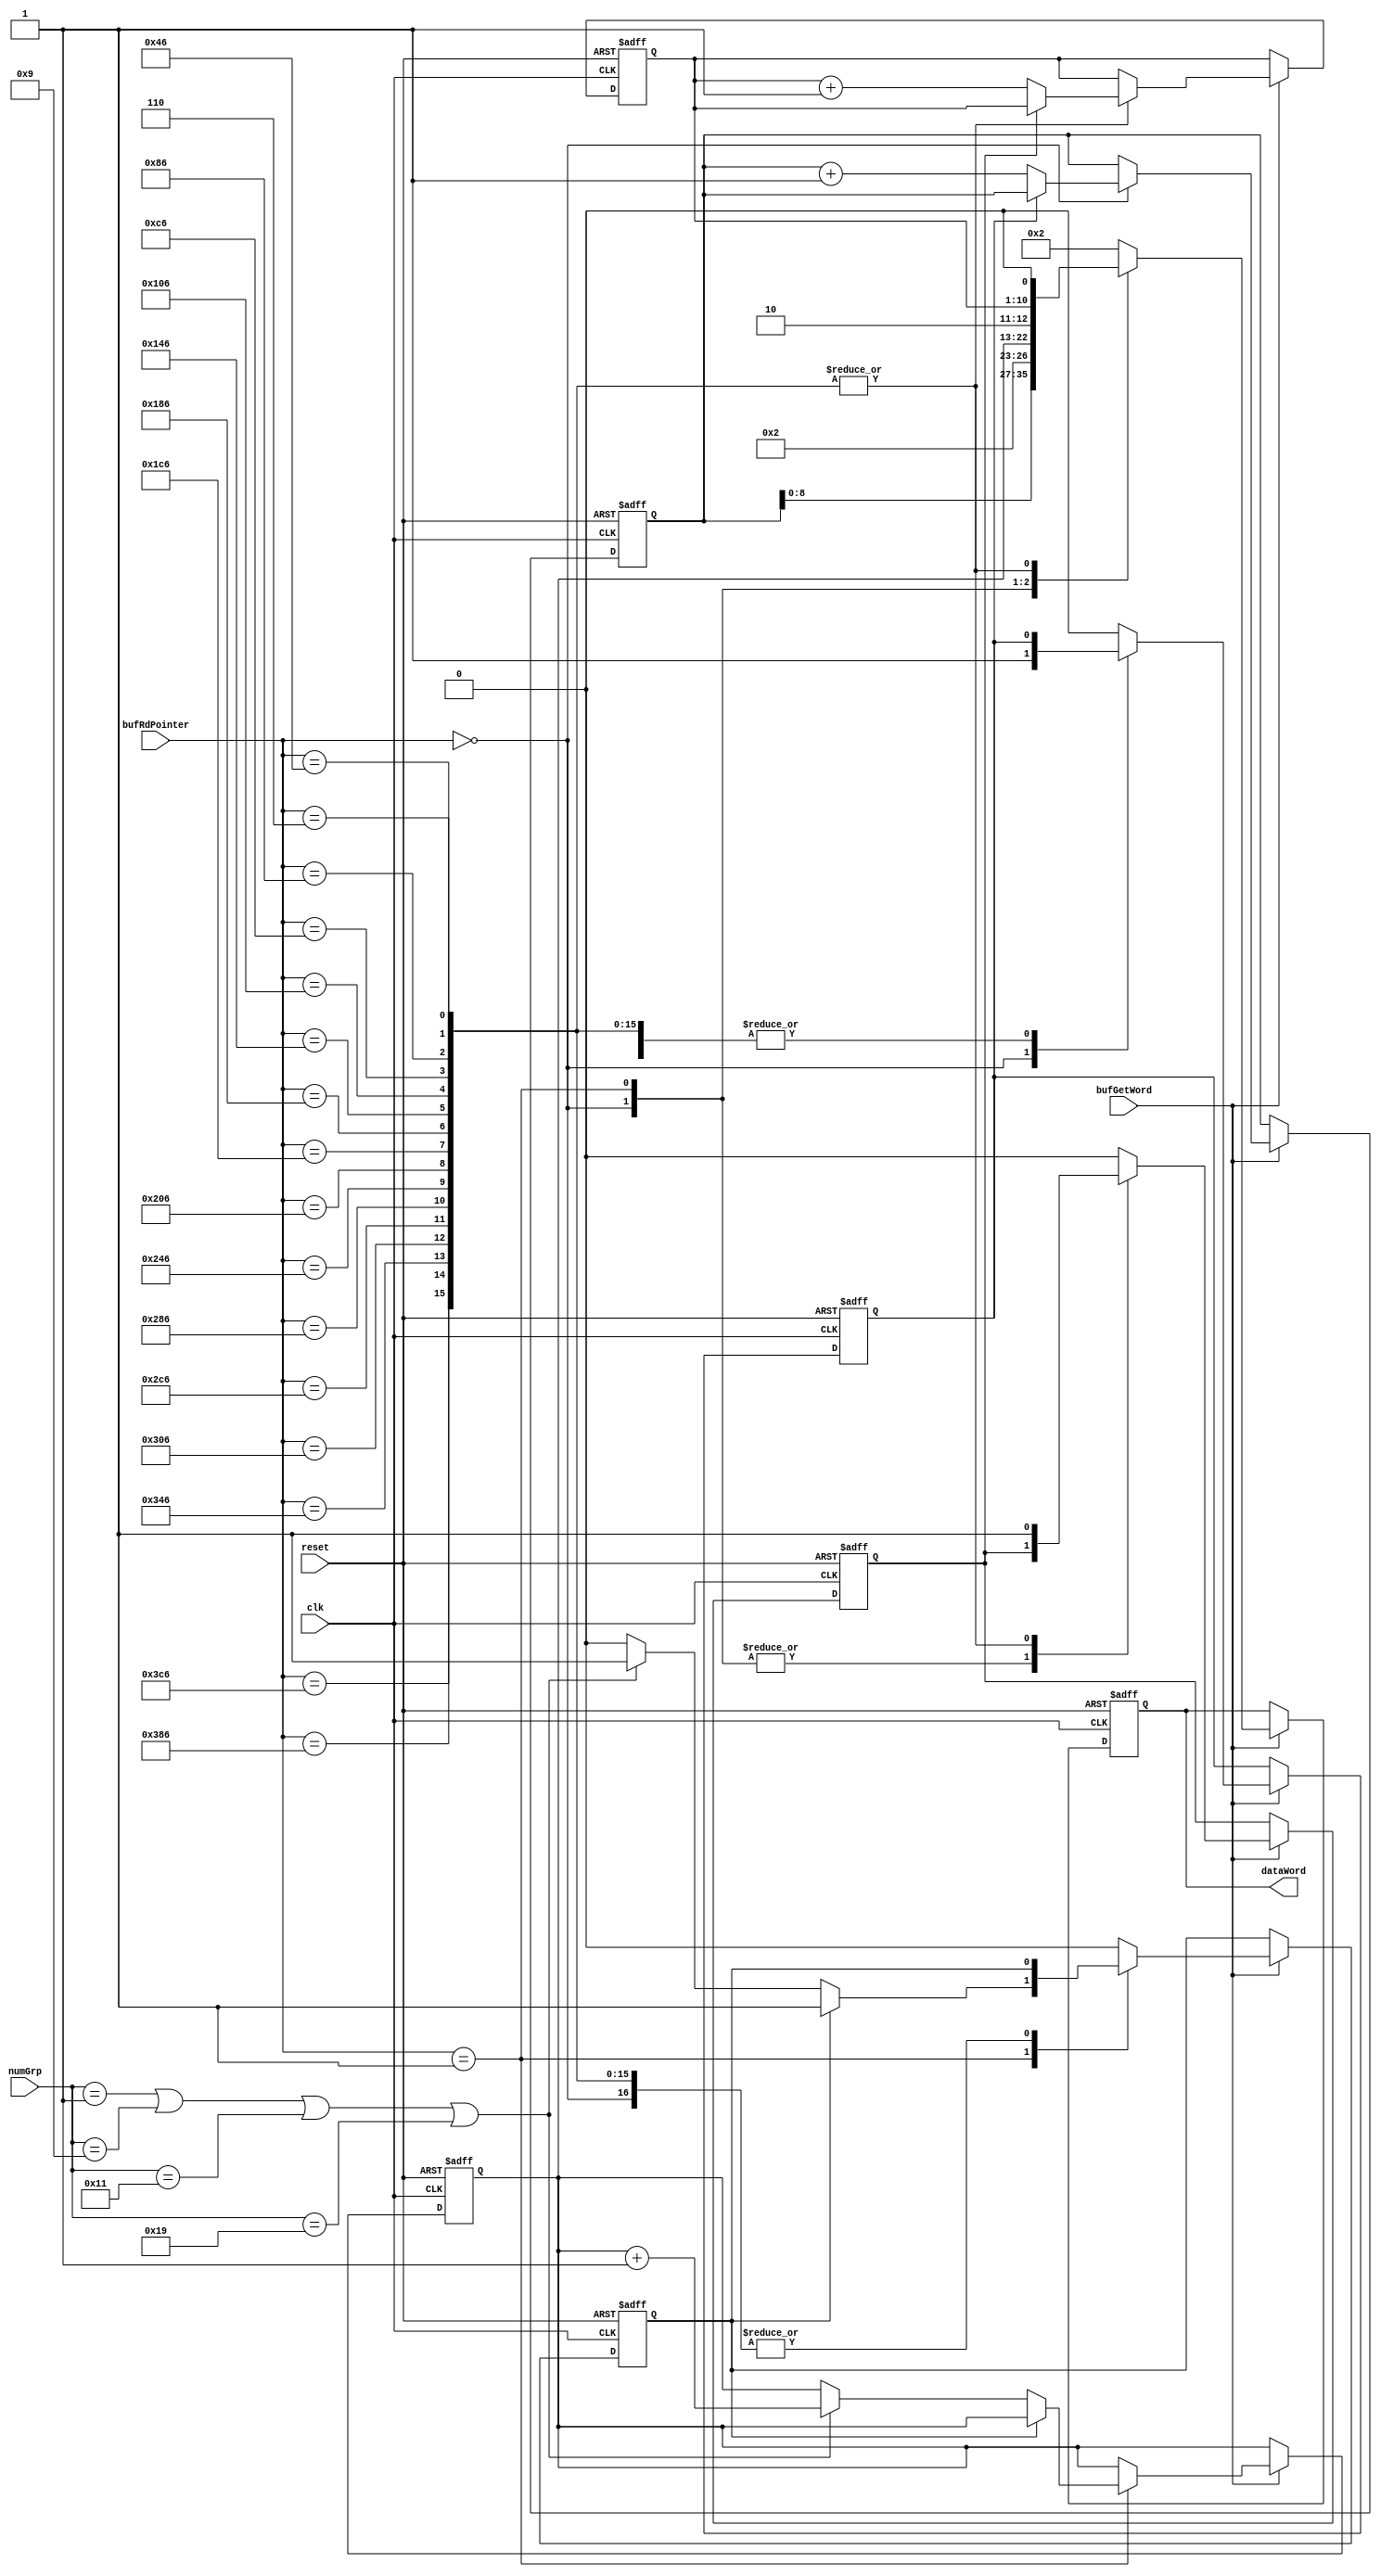
module m8Filler(
	input reset,
	input clk,
	input bufGetWord,
	input [9:0]bufRdPointer,
	input [4:0]numGrp,
	output reg [11:0]dataWord
);

reg once3, once2, once1;
reg [7:0]dat6012;
reg [9:0]slow128, dat1, dat1012;
reg [4:0]grpCnt;

always@(negedge reset or posedge clk)begin
	if (~reset) begin
		dataWord <= 0;
		dat1012 <= 0;
		dat6012 <= 0;
		once1 <= 0;
		once2 <= 0;
		once3 <= 0;
		slow128 <= 0;
		dat1 <= 0;
		grpCnt <= 0;
	end else begin
		
			if(bufGetWord) begin

				case((bufRdPointer))
					0:
					begin // up count a10-b12
						dataWord <= {1'b0, dat1012[9:0],3'b1};
						//if ((bufRdPointer == 0) || (bufRdPointer == 512)) begin
							if(once1==0)begin
								dat1012 <= dat1012 + 1'b1;
								once1<=1;
							end
						//end
					end
					1:
					begin	// down count a60-b12
						dataWord <= {1'b0, dat1[9:0],1'b1};
						if(once2==0)begin
							if ((numGrp == 1)||(numGrp == 9)||(numGrp == 17)||(numGrp == 25)) begin
								dat1 <= dat1 + 1'b1;
								once2=1;
							end
						end
					end
					6,70,134,198,262,326,390,454,518,582,646,710,774,838,902,966:
					begin
						dataWord <= {1'b0, slow128, 1'b0};
						if (once3 == 0)begin		// on this stage = 128hz
							once3 <= 1;
							slow128 <= slow128 + 1'b1;
						end
					end
/*					7,23,39,55,71,87,103,119,135,151,167,183,199,215,231,247,263,279,295,311,327,343,359,375,391,407,423,439,455,471,487,503,519,535,551,567,583,599,615,631,647,663,679,695,711,727,743,759,775,791,807,823,839,855,871,887,903,919,935,951,967,983,999,1015:
					begin
						dataWord <= {1'b0, 8'd77, 3'b001};////////////////////
					end
					8,24,40,56,72,88,104,120,136,152,168,184,200,216,232,248,264,280,296,312,328,344,360,376,392,408,424,440,456,472,488,504,520,536,552,568,584,600,616,632,648,664,680,696,712,728,744,760,776,792,808,824,840,856,872,888,904,920,936,952,968,984,1000,1016:
					begin
						dataWord <= {1'b0, 8'd88, 3'b0};
					end
					//9,25,41,57,73,89,105,121,137,153,169,185,201,217,233,249,265,281,297,313,329,345,361,377,393,409,425,441,457,473,489,505,521,537,553,569,585,601,617,633,649,665,681,697,713,729,745,761,777,793,809,825,841,857,873,889,905,921,937,953,969,985,1001,1017:
					297:
					begin
						if (once3 == 0)begin		// on this stage = 128hz
							//slow128 <= slow128 + 1'b1;
							once3 <= 1;
							grpCnt <= grpCnt + 1'b1;
							if (grpCnt == 0)				// on this stage = 4hz
								slow128 <= slow128 + 1'b1;
						end
						dataWord <= {1'b0, slow128, 1'b0};
					end
					10,26,42,58,74,90,106,122,138,154,170,186,202,218,234,250,266,282,298,314,330,346,362,378,394,410,426,442,458,474,490,506,522,538,554,570,586,602,618,634,650,666,682,698,714,730,746,762,778,794,810,826,842,858,874,890,906,922,938,954,970,986,1002,1018:
					begin
						dataWord <= {1'b0, 8'd101, 3'b0};
						once3 <= 0;
					end
					11,27,43,59,75,91,107,123,139,155,171,187,203,219,235,251,267,283,299,315,331,347,363,379,395,411,427,443,459,475,491,507,523,539,555,571,587,603,619,635,651,667,683,699,715,731,747,763,779,795,811,827,843,859,875,891,907,923,939,955,971,987,1003,1019:
					begin
						dataWord <= {1'b0, 8'd111, 3'b0};
					end
					12,28,44,60,76,92,108,124,140,156,172,188,204,220,236,252,268,284,300,316,332,348,364,380,396,412,428,444,460,476,492,508,524,540,556,572,588,604,620,636,652,668,684,700,716,732,748,764,780,796,812,828,844,860,876,892,908,924,940,956,972,988,1004,1020:
					begin
						dataWord <= {1'b0, 8'd121, 3'b0};
					end
					13,29,45,61,77,93,109,125,141,157,173,189,205,221,237,253,269,285,301,317,333,349,365,381,397,413,429,445,461,477,493,509,525,541,557,573,589,605,621,637,653,669,685,701,717,733,749,765,781,797,813,829,845,861,877,893,909,925,941,957,973,989,1005,1021:
					begin
						dataWord <= {1'b0, 8'd131, 3'b0};
					end
					14,30,46,62,78,94,110,126,142,158,174,190,206,222,238,254,270,286,302,318,334,350,366,382,398,414,430,446,462,478,494,510,526,542,558,574,590,606,622,638,654,670,686,702,718,734,750,766,782,798,814,830,846,862,878,894,910,926,942,958,974,990,1006,1022:
					begin
						dataWord <= {1'b0, 8'd141, 3'b0};
					end
					15,31,47,63,79,95,111,127,143,159,175,191,207,223,239,255,271,287,303,319,335,351,367,383,399,415,431,447,463,479,495,511,527,543,559,575,591,607,623,639,655,671,687,703,719,735,751,767,783,799,815,831,847,863,879,895,911,927,943,959,975,991,1007,1023:
					begin
						dataWord <= {1'b0, 8'd151, 3'b0};/////////////////
					end
					*/
					default: begin
						dataWord <= {1'b0, 8'd0, 3'b010};
						once1<=0;
						once2<=0;
						once3<=0;
					end
				endcase
			end

	end
end
endmodule